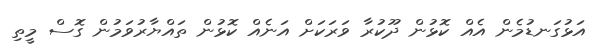
އަޅުގަނޑުމެން އެއް ކޮޅުން ދޫކުރާ ވަރަކަށް އަނެއް ކޮޅުން ތައްޔާރުވަމުން ގޮސް މީތި